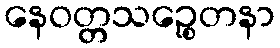
နေဝတ္တသဉ္စေတနာ